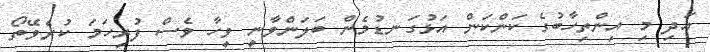
އަދި މި އިންތިހާބުގެ ކަންކަން އަޅުގަނޑުމެން ބަލަންވާނީ ވީހާ ވެސް ފުރިހަމަ ކުރެވޭތޯ